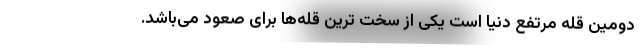
دومین قله مرتفع دنیا است یکی از سخت ترین قله‌ها برای صعود می‌باشد.